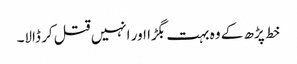
خط پڑھ کے وہ بہت بگڑا اور انہیں قتل کر ڈالا۔